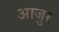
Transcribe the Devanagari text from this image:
आजुर